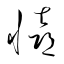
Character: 憙